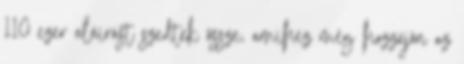
110 ezer aláírást szedtek össze, amihez még hozzájön az